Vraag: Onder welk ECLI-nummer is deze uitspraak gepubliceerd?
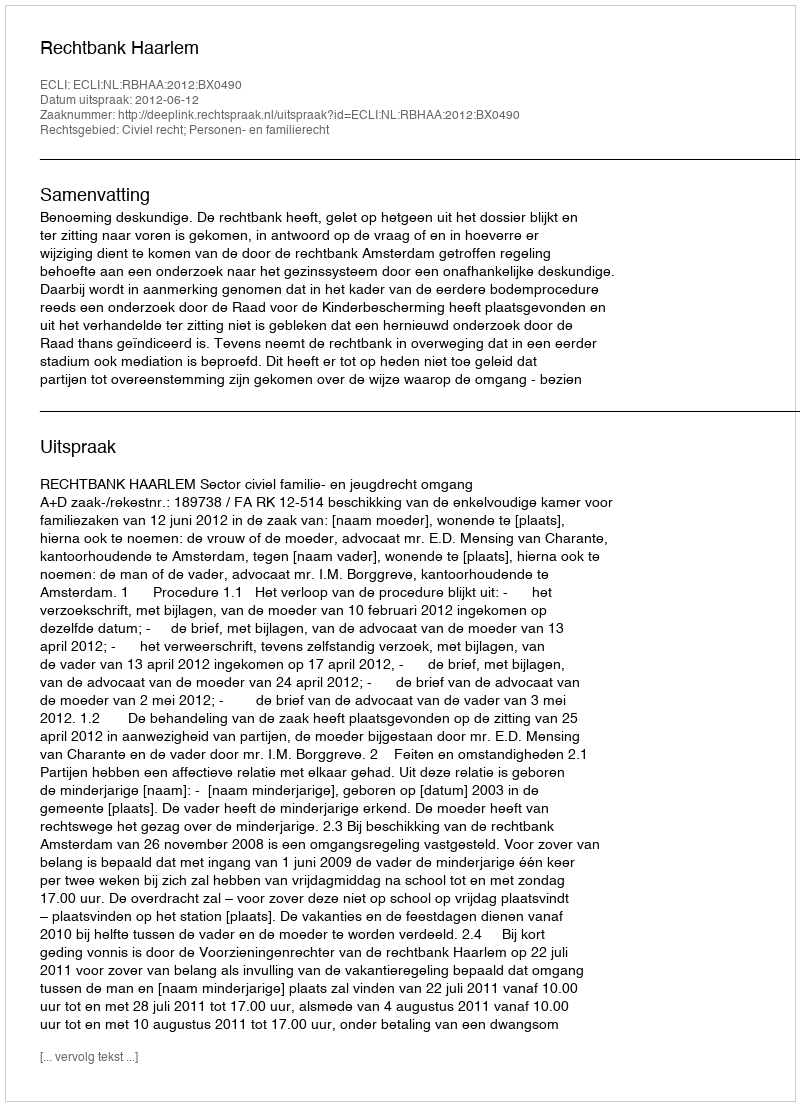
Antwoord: ECLI:NL:RBHAA:2012:BX0490